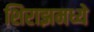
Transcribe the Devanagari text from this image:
शिराझमध्ये